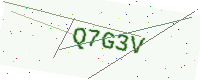
Text: Q7G3V